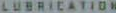
LUBRICATION